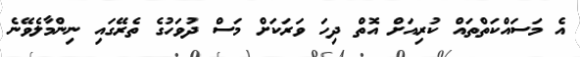
އެ މަސައްކަތްތައް ކުރިއަށް އޮތް ދިހަ ވަރަކަށް މަސް ދުވަހުގެ ތެރޭގައި ނިންމާލެވޭނެ